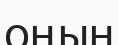
оңын